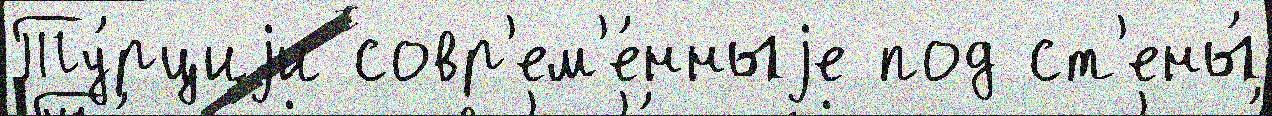
Ту́рциjи совр'ем'е́нныjе под ст'ены́